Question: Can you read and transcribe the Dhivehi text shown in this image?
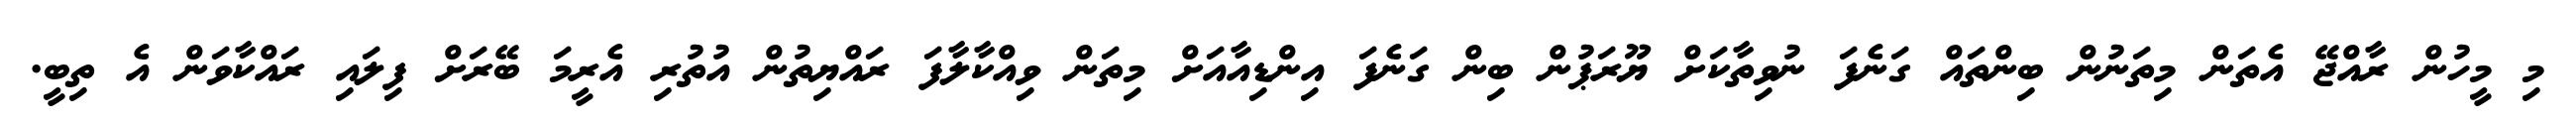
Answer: މި މީހުން ރާއްޖޭ އެތަން މިތަނުން ބިންތައް ގަނެފަ ނުވިތާކަށް ޔޫރަޕުން ބިން ގަނެފަ އިންޑިއާއަށް މިތަން ވިއްކާލާފަ ރައްޔިތުން އުތުރި އެރީމަ ބޭރަށް ފިލައި ރައްކާވަން އެ ތިބީ.